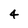
Character: 4